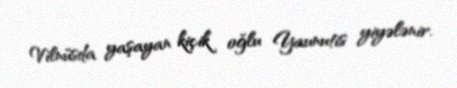
Vilnüsda yaşayan kiçik oğlu Yaunutis yiyələnir.